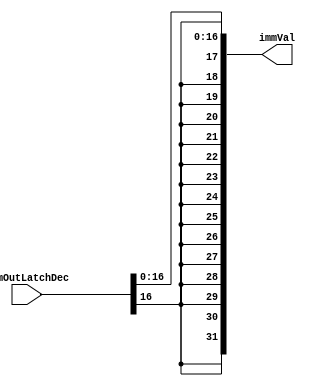
module execReAssign (immVal,romOutLatchDec);
    input[31:0] romOutLatchDec;
    output[31:0] immVal;

    assign immVal[16:0] = romOutLatchDec[16:0];
    assign immVal[31] = romOutLatchDec[16];
    assign immVal[30] = romOutLatchDec[16];
    assign immVal[29] = romOutLatchDec[16];
    assign immVal[28] = romOutLatchDec[16];
    assign immVal[27] = romOutLatchDec[16];
    assign immVal[26] = romOutLatchDec[16];
    assign immVal[25] = romOutLatchDec[16];
    assign immVal[24] = romOutLatchDec[16];
    assign immVal[23] = romOutLatchDec[16];
    assign immVal[22] = romOutLatchDec[16];
    assign immVal[21] = romOutLatchDec[16];
    assign immVal[20] = romOutLatchDec[16];
    assign immVal[19] = romOutLatchDec[16];
    assign immVal[18] = romOutLatchDec[16];
    assign immVal[17] = romOutLatchDec[16];
endmodule